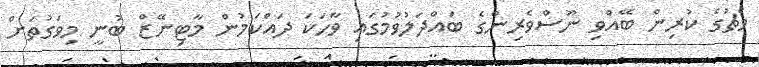
މެޗުގެ ކުރިން ބޭއްވި ނޫސްވެރިންގެ ބައްދަލުވުމުގައި ވާހަކަ ދައްކަމުން މާޓިނޭޒް ބުނީ މިވަގުތަށް